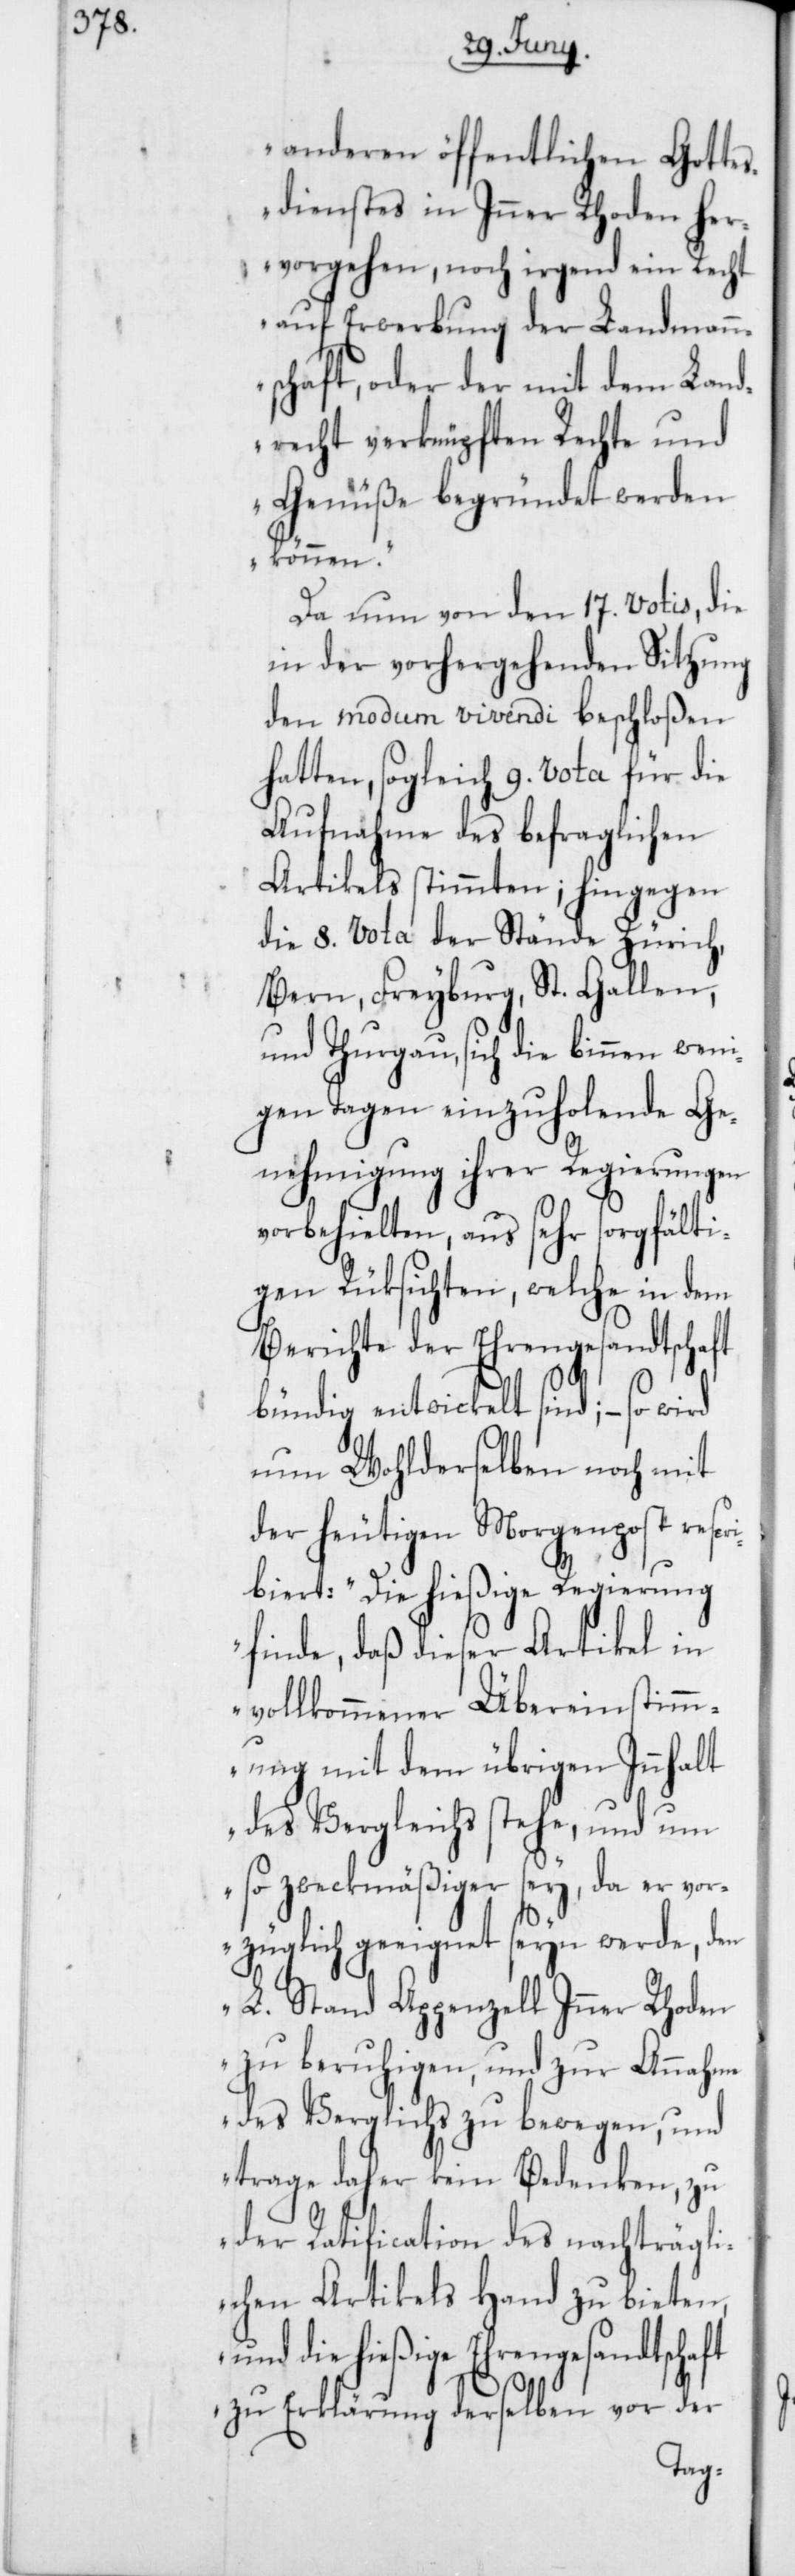
anderen öffentlichen Gotte¬
sdienstes in Inner-Rhoden her¬
vorgehen, noch irgend ein Recht
auf Erwerbung der Landmann¬
schaft, oder der mit dem Land¬
recht verknüpften Rechte und
Genüße begründet werden
können.“
Da nun von den 17. Votis, die
in der vorhergehenden Sitzung
den modum vivendi beschloßen
hatten, sogleich 9. Vota für die
Aufnahme des befraglichen
Artikels stimmten; hingegen
die 8. Vota der Stände Zürich,
Bern, Freyburg, St. Gallen
und Thurgau, sich die binnen wen¬
igen Tagen einzuholende Ge¬
nehmigung ihrer Regierungen
vorbehielten, aus sehr sorgfälti¬
gen Rüksichten, welche in dem
Berichte der Ehrengesandtschaft
bündig entwickelt sind, – so wird
nun Wohlderselben noch mit
der heutigen Morgenpost rescr¬
ibiert: „Die hießige Regierung
finde, daß dieser Artikel in
vollkommener Übereinstimm¬
ung mit dem übrigen Innhalt
des Vergleichs stehe, und um
so zweckmäßiger sey, da er vor¬
züglich geeignet seyn werde, den
L. Stand Appenzell Inner Rhoden
zu beruhigen, und zur Annahme
des Verglichs zu bewegen, und
trage daher kein Bedenken, zu
der Ratificaton des nachträgli¬
chen Artikels Hand zu bieten,
ngesandtschaft
zu Erklärung derselben vor der